system: You are a helpful assistant.
user:
Analyze the provided spectrum to determine if it is a **White Dwarf (WD)**.

A White Dwarf spectrum is defined by its **extreme purity** (due to gravitational settling) and/or **extreme pressure broadening** (due to high surface gravity). You must check for one of the following mutually exclusive signatures:

- **Key Visual Indicators (Check for ONE of these types):**

    - **1. DA-Type Signature (Most Common):**
        - **(Primary Feature):** Extreme pressure broadening (Stark broadening) of the **Hydrogen (H) Balmer lines**.
        - **(Key Lines):** $H\beta$ (approx. $4861$ Å) and $H\gamma$ (approx. $4340$ Å). $H\alpha$ (approx. $6563$ Å) will also be present if the wavelength range covers it.
        - **(Line Profile):** This is the **defining feature**. The lines are **NOT** sharp. They appear as massive, **extremely broad and deep "troughs" or "dips"** in the spectrum, often hundreds of Ångströms wide. The continuum will appear to "scoop" down at these wavelengths.
        - **(Distinction):** Normal A-type or B-type stars have *narrow* and *sharp* Hydrogen lines. A DA White Dwarf's lines are unmistakably "smeared" or "blurry" from pressure.

    - **2. DB-Type Signature:**
        - **(Primary Feature):** Broad absorption lines from **Neutral Helium (He I)**. The spectrum must lack any visible Hydrogen lines.
        - **(Key Lines):** Look for broad absorption near $4471$ Å, $4921$ Å, and $5876$ Å.
        - **(Line Profile):** These lines are also significantly pressure-broadened, appearing much wider than they would in a normal B-type main-sequence star.

    - **3. DC-Type Signature:**
        - **(Primary Feature):** A **featureless continuous spectrum**.
        - **(Line Profile):** The spectrum is a smooth curve with **no significant absorption or emission lines**.
        - **(Key Confirmation):** The continuum is almost always **blue or white**, indicating a hot object. This signature implies the atmosphere is so pure (or so cool) that no spectral lines are visible in the optical range. Its WD identity is confirmed by its extremely low intrinsic brightness (high absolute magnitude).

    - **4. DZ-Type Signature (Metal-Polluted):**
        - **(Primary Feature):** **Isolated, narrow metal absorption lines** on an otherwise featureless (DC-like) continuum.
        - **(Key Lines):** The **Calcium (Ca II) H & K doublet** (approx. **$3934$ Å** and **$3968$ Å**) is the most common and defining feature.
        - **(Line Profile):** These lines are "out of place." They are *not* part of a "forest" of thousands of lines. This signature is evidence of recent *accretion* (pollution) from rocky debris.
        - **(Distinction):** Normal G/K/M stars have a *dense forest* of thousands of metal lines. A DZ has a *clean* continuum with *only a few* strong metal lines.

    - **5. DQ-Type Signature (Carbon-Polluted):**
        - **(Primary Feature):** Absorption bands from **Carbon (C₂ "Swan Bands" or atomic C I)**.
        - **(Key Lines - C₂):** Look for bandheads with a "saw-tooth" shape near $5635$ Å, **$5165$ Å** (strongest), and $4737$ Å.
        - **(Key Confirmation):** The underlying **continuum must be blue or white** (hot).
        - **(Distinction):** This is the critical difference from a **Carbon Star**, which has the *exact same* C₂ bands but on an extremely **red, cool** continuum.

- **(Overall Spectrum):**
    - The continuum (overall shape) is typically **blue-sloping** (brighter in the blue than the red), as most white dwarfs are very hot.
    - The spectrum will look "pure" or "simple," dominated by only *one* of the five signatures listed above.

Think first, call **spectral_visualization_tool** if needed to examine features in detail, then provide your final answer. Your response must adhere to the following strict rules:
1.  **Overall Structure:** Your response must follow the format `<think>...</think> <tool_call>...</tool_call> (if a tool is used) <answer>...</answer>`.
2.  **Tool Usage Constraint:** You may only make **one** tool call per turn.
3.  **Final Answer Format:** In the `<answer>` tag, your conclusion must be inside a `\boxed{}` command (e.g., `\boxed{YES}` or `\boxed{NO}`), followed by your justification.

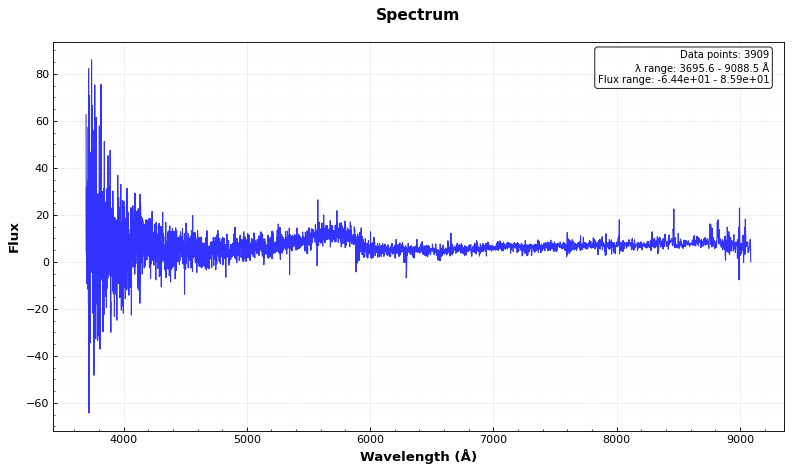
Answer: NO